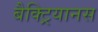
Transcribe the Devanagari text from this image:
बैक्ट्रियानस